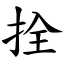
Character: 拴